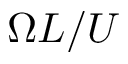
\Omega L / U